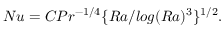
N u = C P r ^ { - 1 / 4 } \lbrace R a / l o g ( R a ) ^ { 3 } \rbrace ^ { 1 / 2 } .